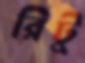
রিটু